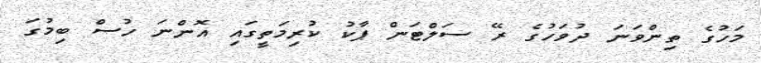
މަހުގެ ތިންވަނަ ދުވަހުގެ ރޭ ސަލްޓަން ޕާކު ކުރިމަތީގައި އޮންނަ ހުސް ބިމުގަ